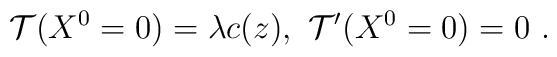
\mathcal{T}(X^0=0)=\lambda c(z), \  \mathcal{T}'(X^0=0)=0 \ .